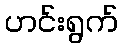
ဟင်းရွက်